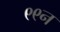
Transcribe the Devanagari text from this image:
९९न